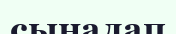
сыналап